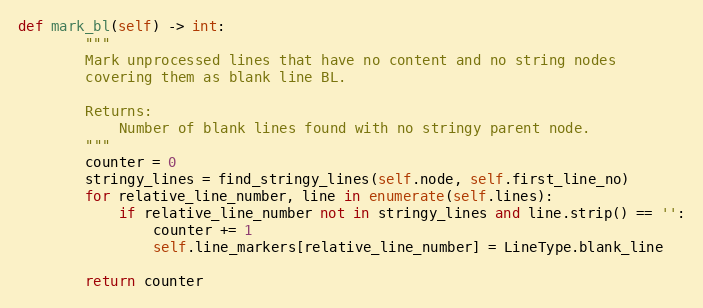
Language: Python
def mark_bl(self) -> int:
        """
        Mark unprocessed lines that have no content and no string nodes
        covering them as blank line BL.

        Returns:
            Number of blank lines found with no stringy parent node.
        """
        counter = 0
        stringy_lines = find_stringy_lines(self.node, self.first_line_no)
        for relative_line_number, line in enumerate(self.lines):
            if relative_line_number not in stringy_lines and line.strip() == '':
                counter += 1
                self.line_markers[relative_line_number] = LineType.blank_line

        return counter